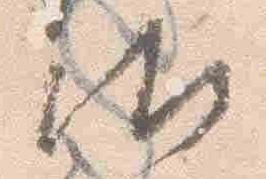
御